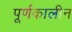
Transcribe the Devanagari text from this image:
पूर्णकालीन